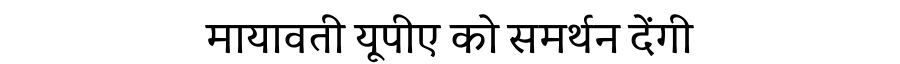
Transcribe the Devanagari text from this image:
मायावती यूपीए को समर्थन देंगी